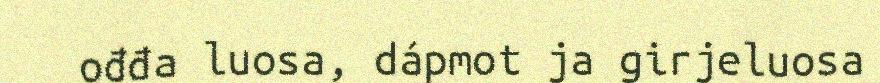
ođđa luosa, dápmot ja girjeluosa